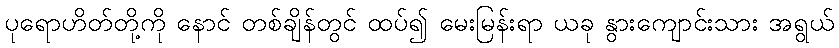
ပုရောဟိတ်တို့ကို နောင် တစ်ချိန်တွင် ထပ်၍ မေးမြန်းရာ ယခု နွားကျောင်းသား အရွယ်